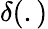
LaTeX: \delta(.)